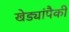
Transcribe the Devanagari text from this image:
खेड्यांपैकी